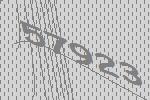
57923